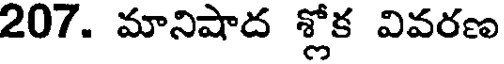
207. మానిషాద శ్లోక వివరణ